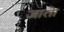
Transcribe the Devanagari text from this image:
जातेा